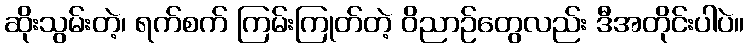
ဆိုးသွမ်းတဲ့၊ ရက်စက် ကြမ်းကြုတ်တဲ့ ဝိညာဉ်တွေလည်း ဒီအတိုင်းပါပဲ။